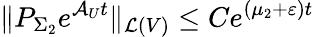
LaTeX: \Vert P_{\Sigma_{2}}e^{\mathcal{A}_{U}t}\Vert_{\mathcal{L}(V)}\leq Ce^{(\mu_{2}+\varepsilon)t}